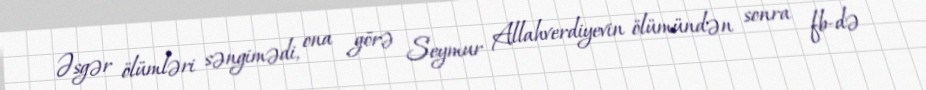
Əsgər ölümləri səngimədi, ona görə Seymur Allahverdiyevin ölümündən sonra fb-də